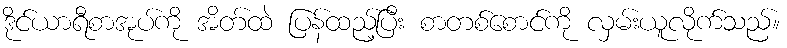
ဒိုင်ယာရီစာအုပ်ကို အိတ်ထဲ ပြန်ထည့်ပြီး စာတစ်စောင်ကို လှမ်းယူလိုက်သည်။